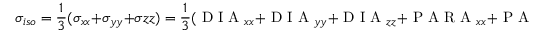
\sigma _ { i s o } = \frac { 1 } { 3 } ( \sigma _ { x x } + \sigma _ { y y } + \sigma { z z } ) = \frac { 1 } { 3 } ( \mathrm { ~ D ~ I ~ A ~ } _ { x x } + \mathrm { ~ D ~ I ~ A ~ } _ { y y } + \mathrm { ~ D ~ I ~ A ~ } _ { z z } + \mathrm { ~ P ~ A ~ R ~ A ~ } _ { x x } + \mathrm { ~ P ~ A ~ R ~ A ~ } _ { y y } + \mathrm { ~ P ~ A ~ R ~ A ~ } _ { z z } )